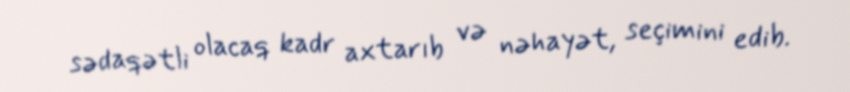
sədaqətli olacaq kadr axtarıb və nəhayət, seçimini edib.